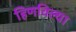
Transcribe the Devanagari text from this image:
हिणविल्या